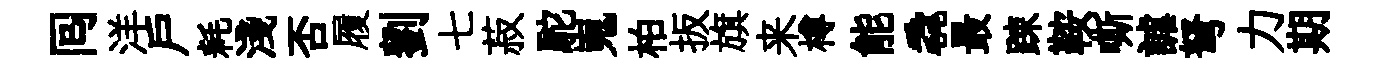
囘洋戸耗淺否履劉七菽駝嵬柏扳旗来樽能毳最踈鞍嘶謔弩力期